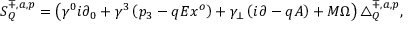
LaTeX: S _ { Q } ^ { \mp , a , p } = \left( \gamma ^ { 0 } i \partial _ { 0 } + \gamma ^ { 3 } \left( p _ { 3 } - q E x ^ { o } \right) + \gamma _ { \bot } \left( i \partial - q A \right) + M \Omega \right) \bigtriangleup _ { Q } ^ { \mp , a , p } ,